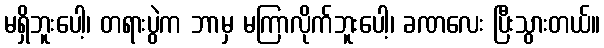
မရှိဘူးပေါ့၊ တရားပွဲက ဘာမှ မကြာလိုက်ဘူးပေါ့၊ ခဏလေး ပြီးသွားတယ်။